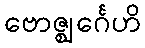
ဗောဇ္ဈင်္ဂေဟိ